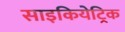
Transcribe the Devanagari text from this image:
साइकियेट्रिक